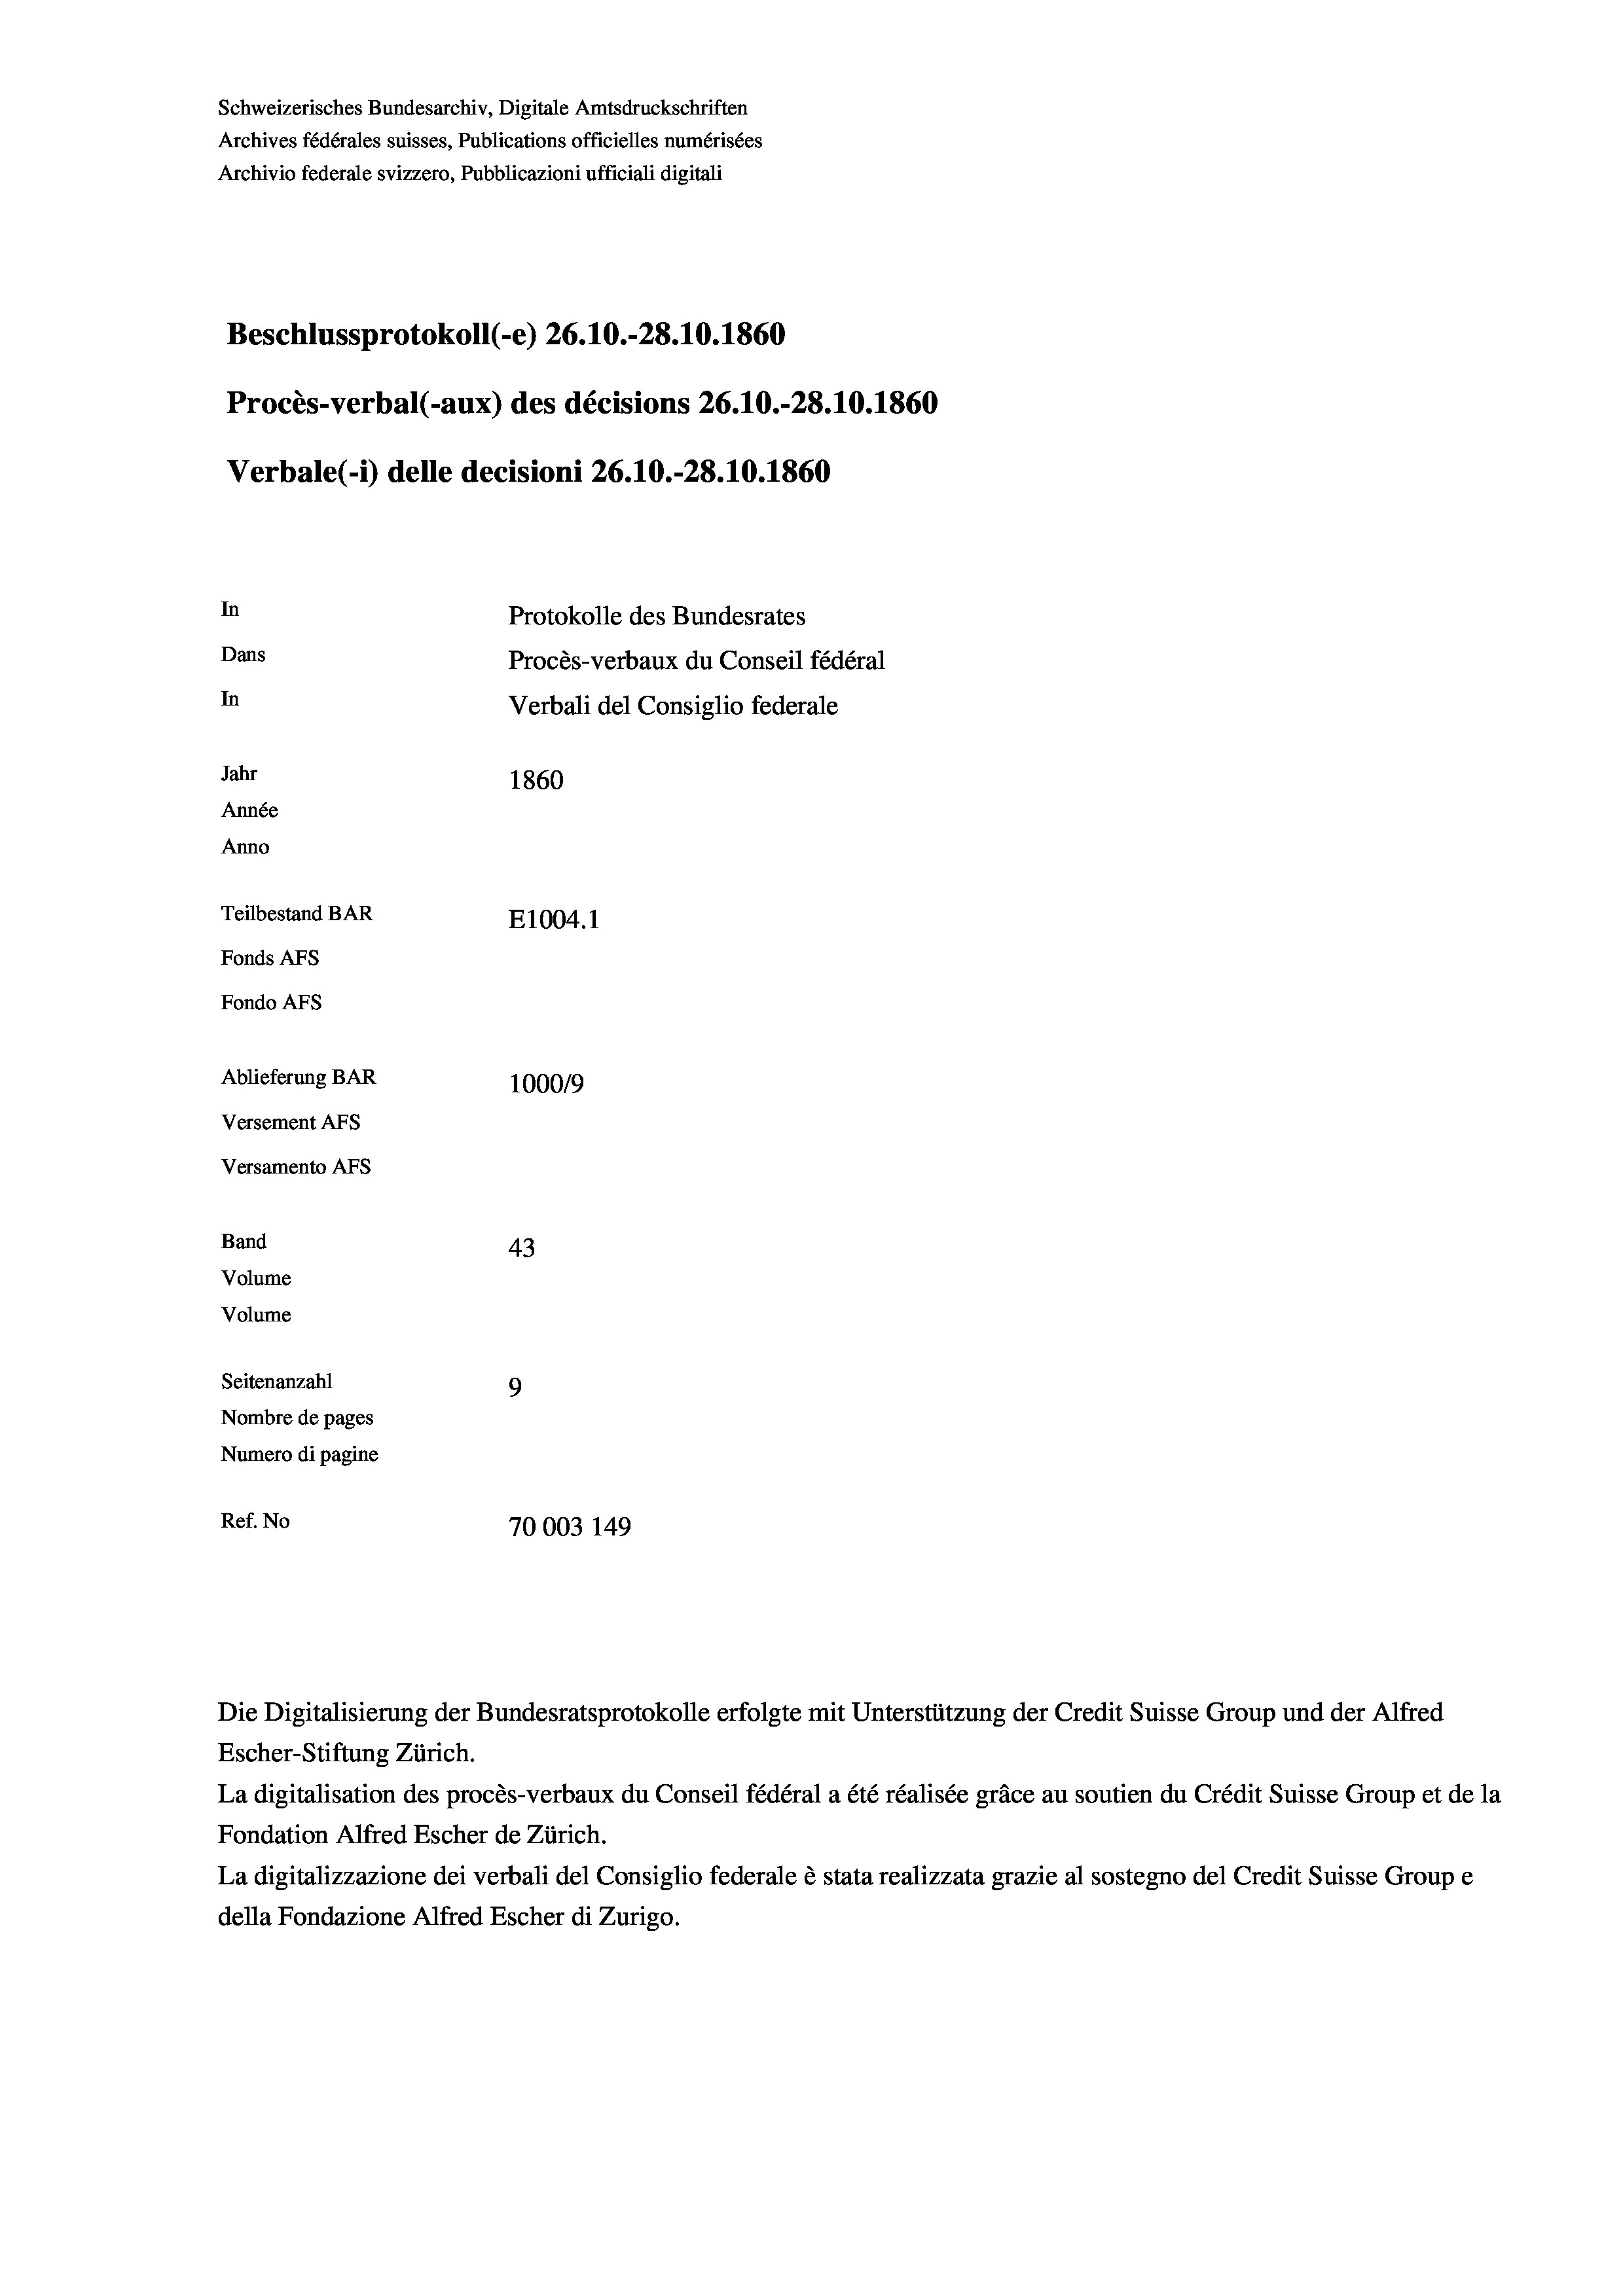
Schweizerisches Bundesarchiv, Digitale Amtsdruckschriften
Archives fédérales suisses, Publications officielles numérisées
Archivio federale svizzero, Pubblicazioni ufficiali digitali
Beschlussprotokoll (-e) 26.10.-28.10. 1860
Procès-verbal (-aux) des décisions 26.10.-28.10.1860
Verbale(-*) delle decisioni 26.10.-28.10.1860
In
Protokolle des Bundesrates
Dans
Procès-verbaux du Conseil fédéral
In
Verbali del Consiglio federale
Jahr
1860
Année
Anno
Teilbestand BAR
E1004.1
Fonds AFs
Fondo AFS
Ablieferung BAR
100019
Versement AFs
Versamento AFs

43
Seitenanzahl
9
Nombre de pages
Numero di pagine
Ref. No
70003 149

Band
Volume
Volume

La digitalisation des procès-verbaux du Conseil fédéral a été réalisée gräce au soutien du Crédit Suisse Group et de la
Fondation Alfred Escher de Zürich.
La digitalizzazione dei verbali del Consiglio federale è stata realizzata grazie al sostegno del Credit Suisse Groupe
della Fondazione Alfred Escher di Zurigo.

Die Digitalisierung der Bundesratsprotokolle erfolgte mit Unterstützung der Credit Suisse Group und der Alfred
Escher-Stiftung Zürich.